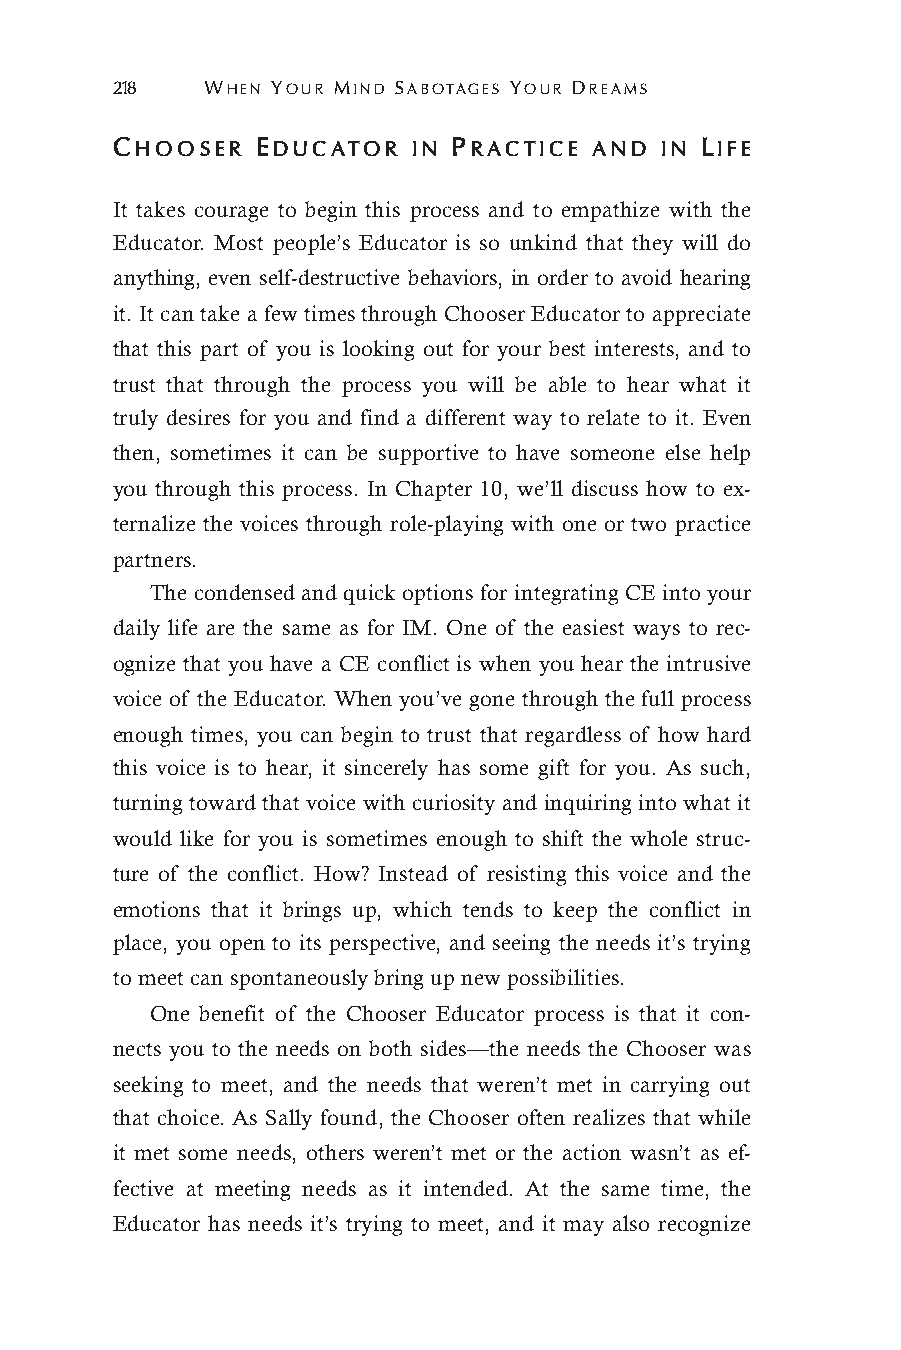
218    WHEN YOUR MIND SABOTAGES YOUR DREAMS
 CHOOSER   EDUCATOR  IN PRACTICE AND  IN LIFE
 It takes courage to begin this process and to empathize with the
 Educator. Most people’s Educator is so unkind that they will do
 anything, even self-destructive behaviors, in order to avoid hearing
 it. It can take a few times through Chooser Educator to appreciate
 that this part of you is looking out for your best interests, and to
 trust that through the process you will be able to hear what it
 truly desires for you and find a different way to relate to it. Even
 then, sometimes it can be supportive to have someone else help
 you through this process. In Chapter 10, we’ll discuss how to ex-
 ternalize the voices through role-playing with one or two practice
 partners.
 The condensed and quick options for integrating CE into your
 daily life are the same as for IM. One of the easiest ways to rec-
 ognize that you have a CE conflict is when you hear the intrusive
 voice of the Educator. When you’ve gone through the full process
 enough times, you can begin to trust that regardless of how hard
 this voice is to hear, it sincerely has some gift for you. As such,
 turning toward that voice with curiosity and inquiring into what it
 would like for you is sometimes enough to shift the whole struc-
 ture of the conflict. How? Instead of resisting this voice and the
 emotions that it brings up, which tends to keep the conflict in
 place, you open to its perspective, and seeing the needs it’s trying
 to meet can spontaneously bring up new possibilities.
 One benefit of the Chooser Educator process is that it con-
 nects you to the needs on both sides—the needs the Chooser was
 seeking to meet, and the needs that weren’t met in carrying out
 that choice. As Sally found, the Chooser often realizes that while
 it met some needs, others weren’t met or the action wasn’t as ef-
 fective at meeting needs as it intended. At the same time, the
 Educator has needs it’s trying to meet, and it may also recognize